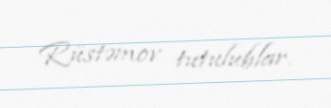
Rüstəmov tutulublar.